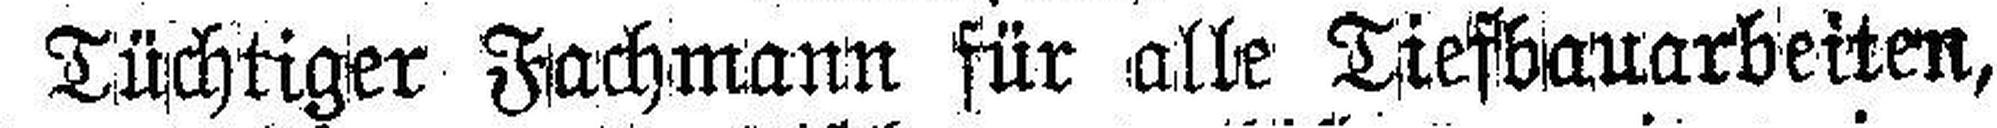
Tüchtiger Fachmann für alle Tiefbauarbeiten,